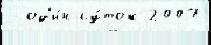
- од'и́н су́ток 2007